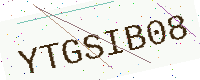
Text: YTGSIB08